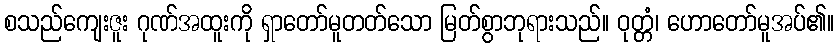
စသည်ကျေးဇူး ဂုဏ်အထူးကို ရှာတော်မူတတ်သော မြတ်စွာဘုရားသည်။ ဝုတ္တံ၊ ဟောတော်မူအပ်၏။